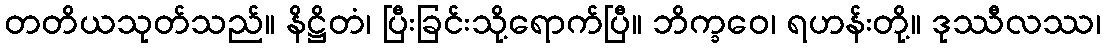
တတိယသုတ်သည်။ နိဋ္ဌိတံ၊ ပြီးခြင်းသို့ရောက်ပြီ။ ဘိက္ခဝေ၊ ရဟန်းတို့။ ဒုဿီလဿ၊